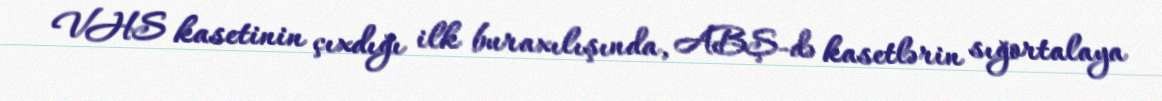
VHS kasetinin çıxdığı ilk buraxılışında, ABŞ-də kasetlərin sığortalaya